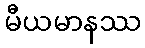
မီယမာနဿ